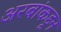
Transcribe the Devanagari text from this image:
अरबांकडून